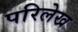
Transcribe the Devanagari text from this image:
परिलेख